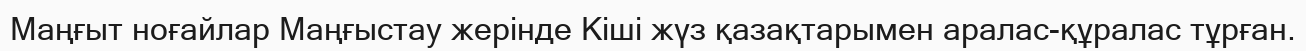
Маңғыт ноғайлар Маңғыстау жерінде Кіші жүз қазақтарымен аралас-құралас тұрған.